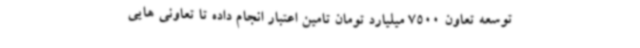
توسعه تعاون 7500 میلیارد تومان تامین اعتبار انجام داده تا تعاونی هایی